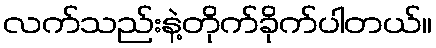
လက်သည်းနဲ့တိုက်ခိုက်ပါတယ်။